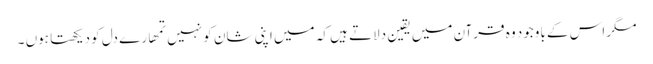
مگر اس کے باوجود وہ قرآن میں یقین دلاتے ہیں کہ میں اپنی شان کو نہیں تمھارے دل کو دیکھتا ہوں ۔